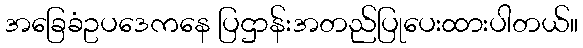
အခြေခံဥပဒေကနေ ပြဌာန်းအတည်ပြုပေးထားပါတယ်။